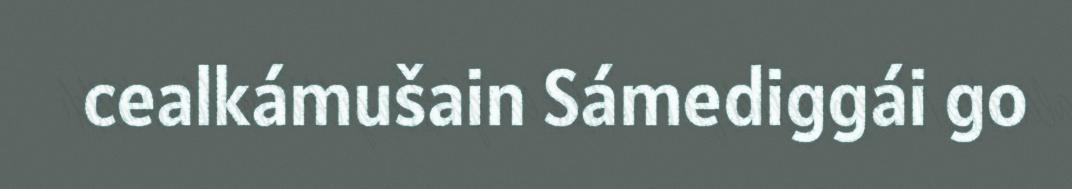
cealkámušain Sámediggái go